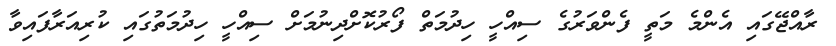
ރާއްޖޭގައި އެންމެ މަތީ ފެންވަރުގެ ސިއްހީ ހިދުމަތް ފޯރުކޮށްދިނުމަށް ސިއްހީ ހިދުމަތުގައި ކުރިއަރާފައިވާ